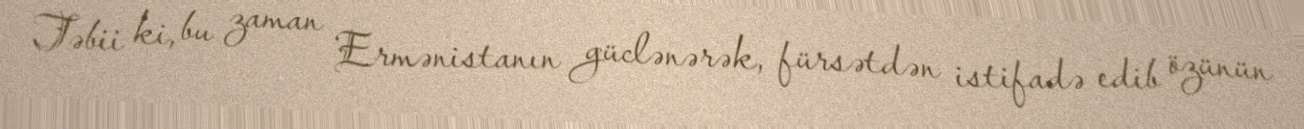
Təbii ki, bu zaman Ermənistanın güclənərək, fürsətdən istifadə edib özünün